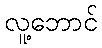
လူ့ဘောင်